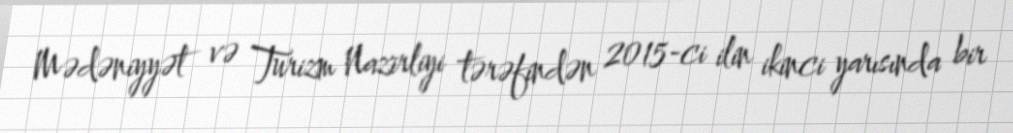
Mədəniyyət və Turizm Nazirliyi tərəfindən 2015-ci ilin ikinci yarısında bir